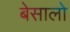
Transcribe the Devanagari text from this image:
बेसालो